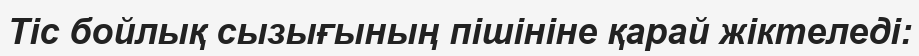
Тіс бойлық сызығының пішініне қарай жіктеледі: